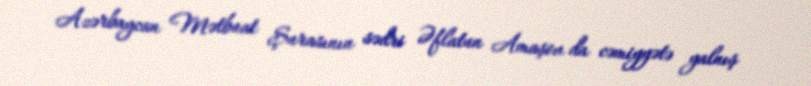
Azərbaycan Mətbuat Şurasının sədri Əflatun Amaşov da cəmiyyətə yalnış